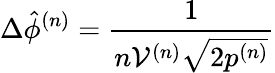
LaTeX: \Delta\hat{\phi}^{(n)}=\frac{1}{n\mathcal{V}^{(n)}\sqrt{2p^{(n)}}}